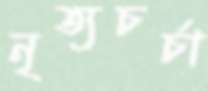
নৃত্যচর্চা